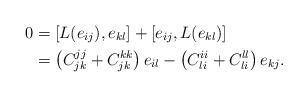
LaTeX: \begin{align*}0&=[L(e_{ij}),e_{kl}]+[e_{ij},L(e_{kl})]\\&=\left(C_{jk}^{jj}+C_{jk}^{kk}\right)e_{il}-\left(C_{li}^{ii}+C_{li}^{ll}\right)e_{kj}.\end{align*}